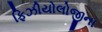
ફિઝીયોલોજીના